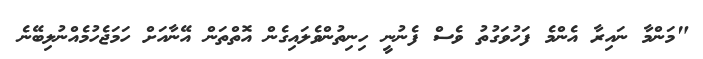
"މަންމާ ނައިރާ އެންމެ ފަހުވަގުތު ވެސް ފެނުނީ ހިނިތުންވެލައިގެން އޮތްތަން އޭނާއަށް ހަމަޖެހުމެއްނުލިބޭނެ